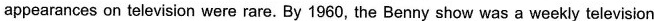
appearances on television were rare. By 1960, the Benny show was a weekly television